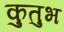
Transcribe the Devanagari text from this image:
कुतुभ